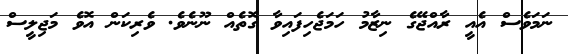
ނަމަވެސް އެއީ ރާއްޖޭގެ ނިޒާމު ހަމަޖެހިފައިވާ ގޮތެއް ނޫނެވެ. ވެރިކަން އޮވެ މަޖިލީސް